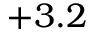
+ 3 . 2